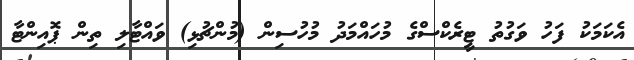
އެކަމަކު ފަހު ވަގުތު ޓީރެކްސްގެ މުހައްމަދު މުހުސިން (މުންޗުޅި) ވައްޓާލި ތިން ޕޮއިންޓާ